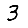
Digit: 3